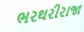
ભરથરીરાજા